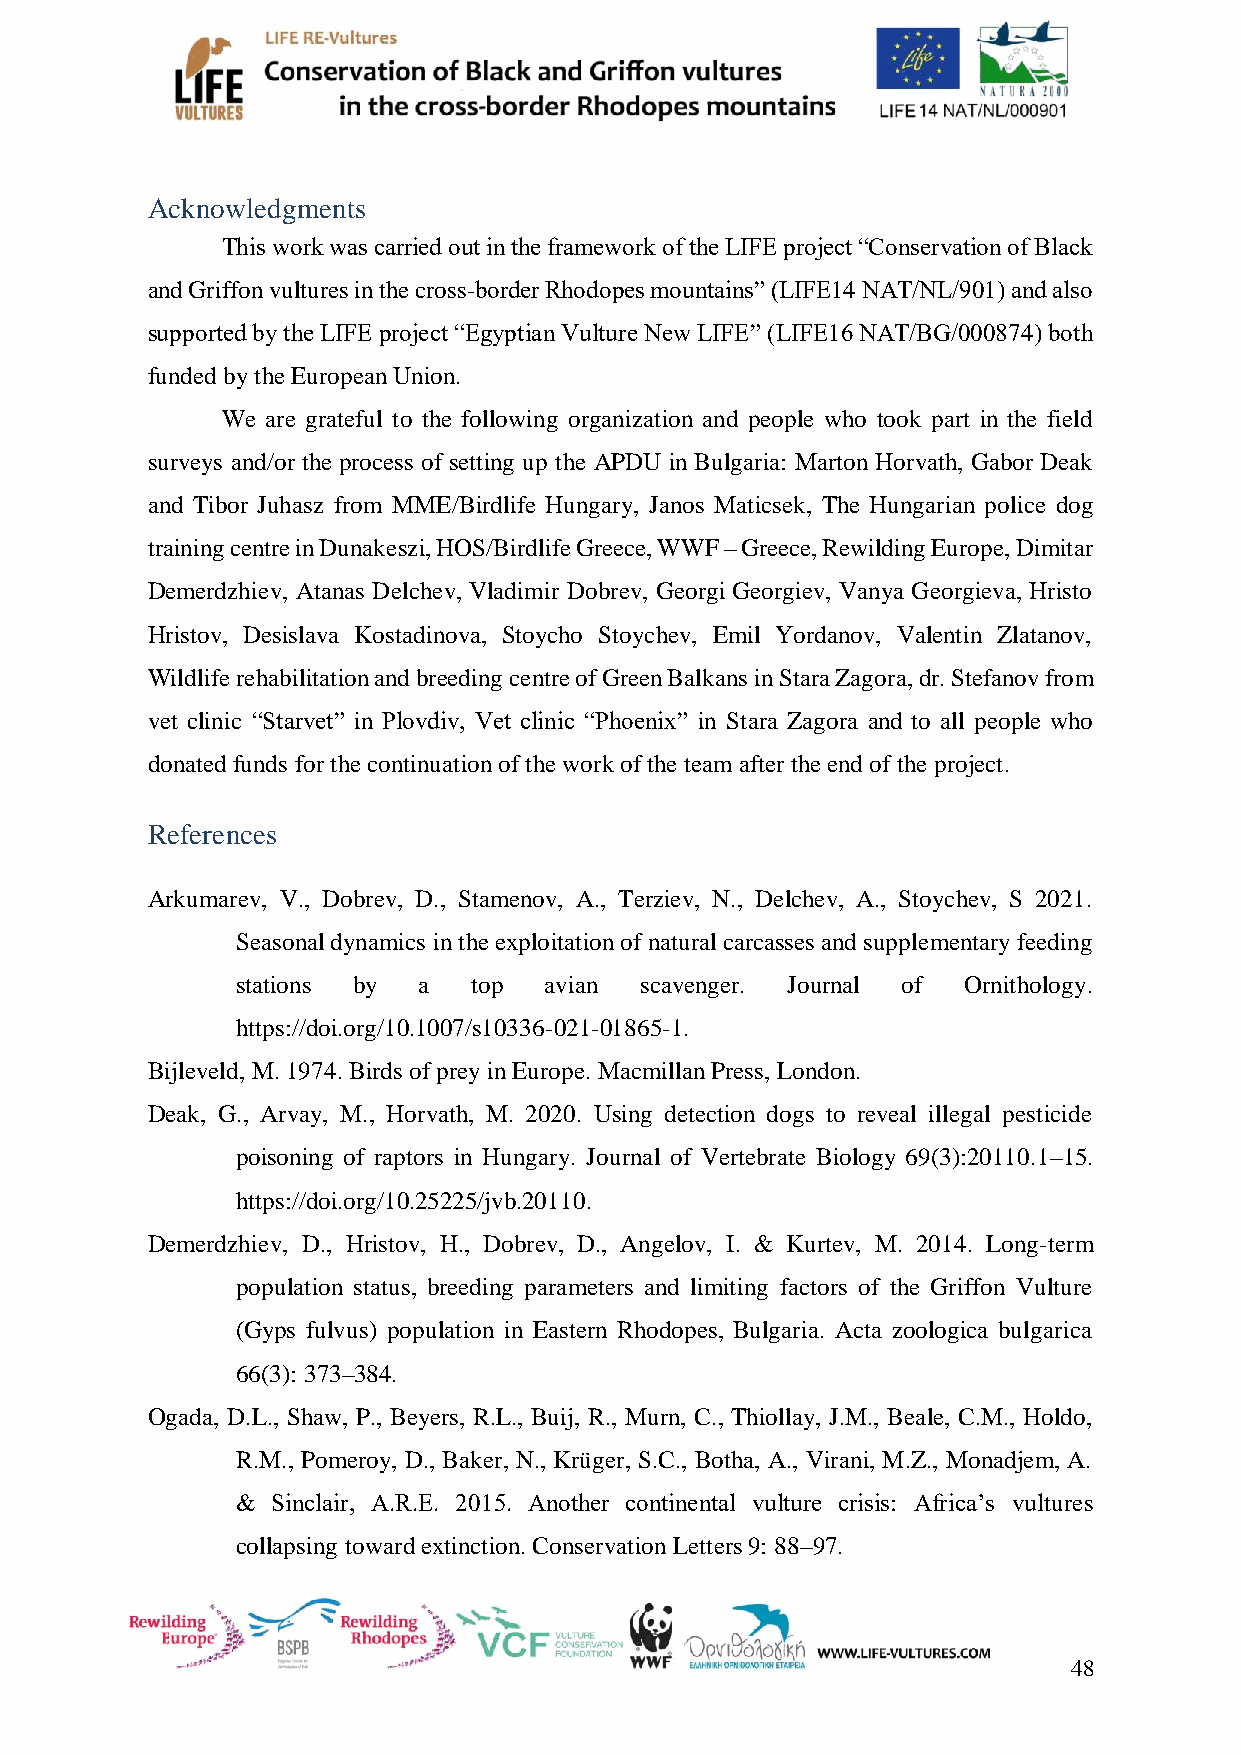
Acknowledgments
 This work was carried out in the framework of the LIFE project “Conservation of Black
 and Griffon vultures in the cross-border Rhodopes mountains” (LIFE14 NAT/NL/901) and also
 supported by the LIFE project “Egyptian Vulture New LIFE” (LIFE16 NAT/BG/000874) both
 funded by the European Union.
 We are grateful to the following organization and people who took part in the field
 surveys and/or the process of setting up the APDU in Bulgaria: Marton Horvath, Gabor Deak
 and Tibor Juhasz from MME/Birdlife Hungary, Janos Maticsek, The Hungarian police dog
 training centre in Dunakeszi, HOS/Birdlife Greece, WWF – Greece, Rewilding Europe, Dimitar
 Demerdzhiev, Atanas Delchev, Vladimir Dobrev, Georgi Georgiev, Vanya Georgieva, Hristo
 Hristov, Desislava Kostadinova, Stoycho Stoychev, Emil Yordanov, Valentin Zlatanov,
 Wildlife rehabilitation and breeding centre of Green Balkans in Stara Zagora, dr. Stefanov from
 vet clinic “Starvet” in Plovdiv, Vet clinic “Phoenix” in Stara Zagora and to all people who
 donated funds for the continuation of the work of the team after the end of the project.
 References
 Arkumarev, V., Dobrev, D., Stamenov, A., Terziev, N., Delchev, A., Stoychev, S 2021.
 Seasonal dynamics in the exploitation of natural carcasses and supplementary feeding
 stations by a  top  avian scavenger. Journal of Ornithology.
 https://doi.org/10.1007/s10336-021-01865-1.
 Bijleveld, M. 1974. Birds of prey in Europe. Macmillan Press, London.
 Deak, G., Arvay, M., Horvath, M. 2020. Using detection dogs to reveal illegal pesticide
 poisoning of raptors in Hungary. Journal of Vertebrate Biology 69(3):20110.1–15.
 https://doi.org/10.25225/jvb.20110.
 Demerdzhiev, D., Hristov, H., Dobrev, D., Angelov, I. & Kurtev, M. 2014. Long-term
 population status, breeding parameters and limiting factors of the Griffon Vulture
 (Gyps fulvus) population in Eastern Rhodopes, Bulgaria. Acta zoologica bulgarica
 66(3): 373–384.
 Ogada, D.L., Shaw, P., Beyers, R.L., Buij, R., Murn, C., Thiollay, J.M., Beale, C.M., Holdo,
 R.M., Pomeroy, D., Baker, N., Krüger, S.C., Botha, A., Virani, M.Z., Monadjem, A.
 & Sinclair, A.R.E. 2015. Another continental vulture crisis: Africa’s vultures
 collapsing toward extinction. Conservation Letters 9: 88–97.
 48